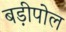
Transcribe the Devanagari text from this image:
बड़ीपोल